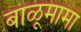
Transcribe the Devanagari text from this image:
बाळूमामा